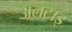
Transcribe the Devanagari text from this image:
अलटाइ